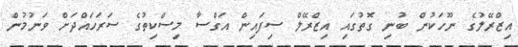
އިޒްރޭލުގެ ނޫހަކުން ބުނި ގޮތުގައި އިޒްރޭލް ސިފައިން އަގްސާ މިސްކިތުގެ ސަރަހައްދަށް ވަނުމުން